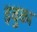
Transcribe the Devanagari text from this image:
इबुका